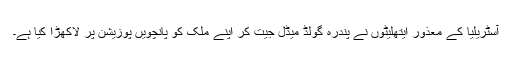
آسٹریلیا کے معذور ایتھلیٹوں نے پندرہ گولڈ میڈل جیت کر اپنے ملک کو پانچویں پوزیشن پر لاکھڑا کیا ہے۔